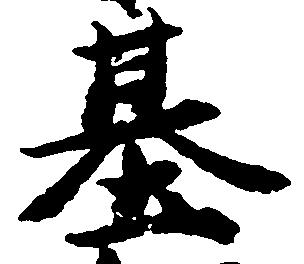
基